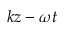
k z - \omega t